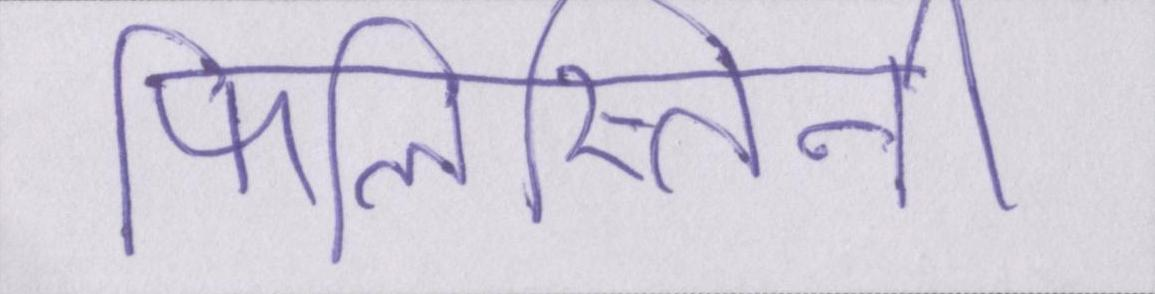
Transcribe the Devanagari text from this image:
फिलिस्तिनी